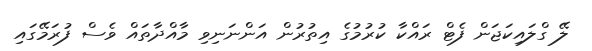
ލޭ ގްލައިކަޖަން ފެޓް ރައްކާ ކުރުމުގެ އިތުރުން އަންނަނިވި މާއްދާތައް ވެސް ފުރަމޭގައި